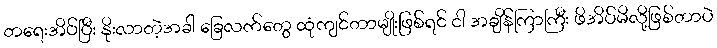
တရေးအိပ်ပြီး နိုးလာတဲ့အခါ ခြေလက်တွေ ထုံကျင်တာမျိုးဖြစ်ရင် ငါ အချိန်ကြာကြီး ဖိအိပ်မိလို့ဖြစ်တာပဲ